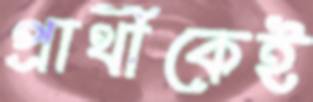
প্রার্থীকেই